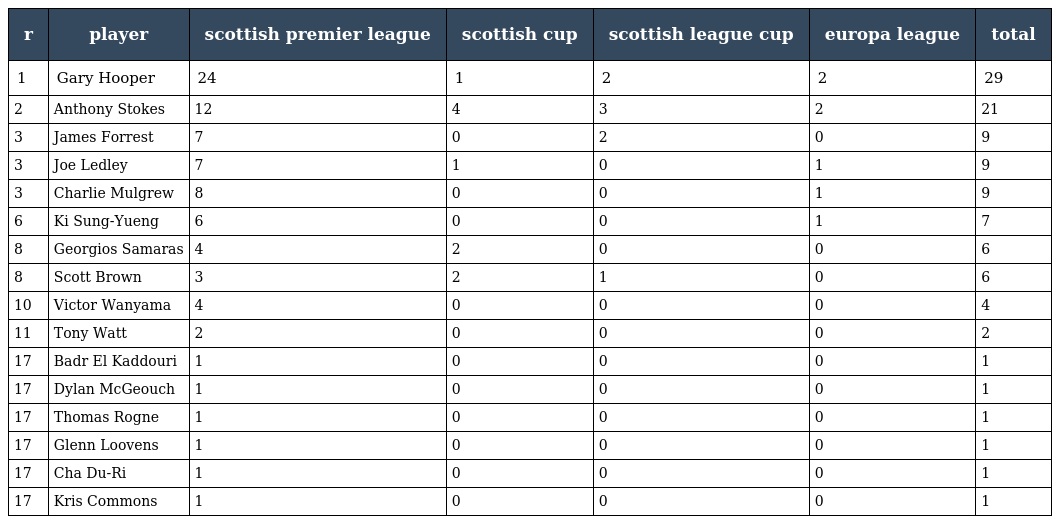
| r | player | scottish premier league | scottish cup | scottish league cup | europa league | total |
 | --- | --- | --- | --- | --- | --- | --- |
 | 1 | Gary Hooper | 24 | 1 | 2 | 2 | 29 |
 | 2 | Anthony Stokes | 12 | 4 | 3 | 2 | 21 |
 | 3 | James Forrest | 7 | 0 | 2 | 0 | 9 |
 | 3 | Joe Ledley | 7 | 1 | 0 | 1 | 9 |
 | 3 | Charlie Mulgrew | 8 | 0 | 0 | 1 | 9 |
 | 6 | Ki Sung-Yueng | 6 | 0 | 0 | 1 | 7 |
 | 8 | Georgios Samaras | 4 | 2 | 0 | 0 | 6 |
 | 8 | Scott Brown | 3 | 2 | 1 | 0 | 6 |
 | 10 | Victor Wanyama | 4 | 0 | 0 | 0 | 4 |
 | 11 | Tony Watt | 2 | 0 | 0 | 0 | 2 |
 | 17 | Badr El Kaddouri | 1 | 0 | 0 | 0 | 1 |
 | 17 | Dylan McGeouch | 1 | 0 | 0 | 0 | 1 |
 | 17 | Thomas Rogne | 1 | 0 | 0 | 0 | 1 |
 | 17 | Glenn Loovens | 1 | 0 | 0 | 0 | 1 |
 | 17 | Cha Du-Ri | 1 | 0 | 0 | 0 | 1 |
 | 17 | Kris Commons | 1 | 0 | 0 | 0 | 1 |